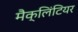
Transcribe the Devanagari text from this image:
मैक्लिंटियर